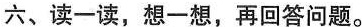
六、读一读，想一想，再回答问题。